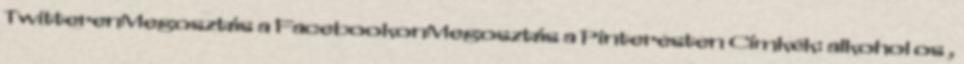
TwitterenMegosztás a FacebookonMegosztás a Pinteresten Címkék: alkohol os ,